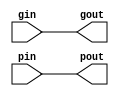
module white (gout, pout, gin, pin);

   input gin;
   input pin;

   output gout;
   output pout;

   buf b1(gout, gin);
   buf b2(pout, pin);

endmodule // white